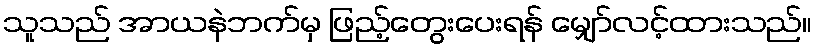
သူသည် အာယနဲဘက်မှ ဖြည့်တွေးပေးရန် မျှော်လင့်ထားသည်။